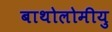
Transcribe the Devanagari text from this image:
बाथोलोमीयु